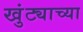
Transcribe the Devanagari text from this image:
खुंट्याच्या